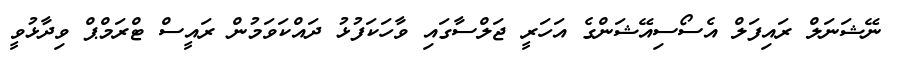
ނޭޝަނަލް ރައިފަލް އެސޯސިއޭޝަންގެ އަހަރީ ޖަލްސާގައި ވާހަކަފުޅު ދައްކަވަމުން ރައީސް ޓްރަމްޕް ވިދާޅުވީ